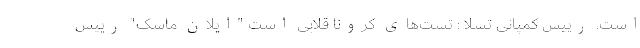
است. رییس کمپانی تسلا : تست‌های کرونا قلابی است "ایلان ماسک" رییس